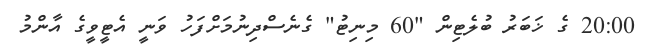
20:00 ގެ ޚަބަރު ބުލެޓިން "60 މިނިޓު" ގެނެސްދިނުމަށްފަހު ވަނީ އެޓީވީގެ އާންމު